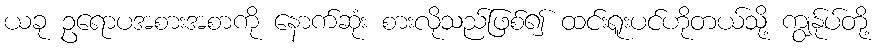
ယခု ဥရောပအစားအစာကို နောက်ဆုံး စားလိုသည်ဖြစ်၍ ထင်းရူးပင်ဟိုတယ်သို့ ကျွန်ုပ်တို့